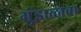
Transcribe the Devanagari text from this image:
गुंडाळावा